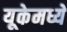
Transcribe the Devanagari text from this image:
यूकेमध्ये